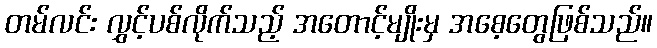
တမ်လင်း လွှင့်ပစ်လိုက်သည့် အတောင့်မျိုးမှ အစေ့တွေဖြစ်သည်။